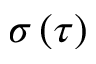
\sigma \left( \tau \right)